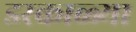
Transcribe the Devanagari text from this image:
डरकाळ्या